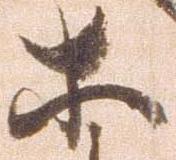
等